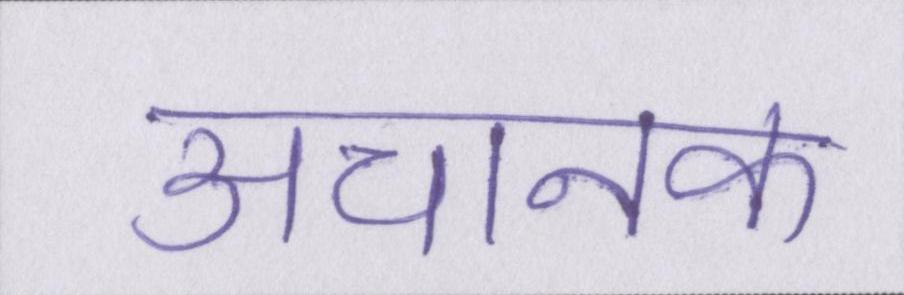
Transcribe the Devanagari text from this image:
अचानक